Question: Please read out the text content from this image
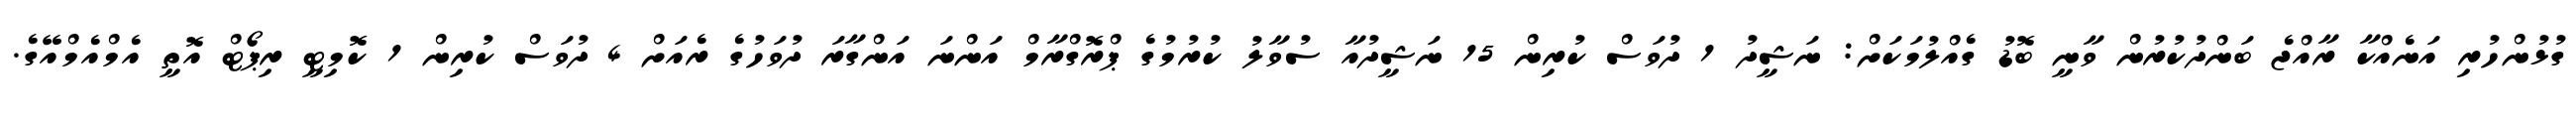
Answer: ގުޅުންހުރި އަނެއްކާ ރާއްޖެ ބަންދުކުރުން ވާނީ ބޮޑު ގެއްލުމަކަށް: ނަޝީދު 1 ދުވަސް ކުރިން 15 ނަޝީދުއާ ސުވާލު ކުރުމުގެ ޕްރޮގްރާމް އަންނަ އަންގާރަ ދުވަހުގެ ރެއަށް 4 ދުވަސް ކުރިން 1 ކޮމިޓީ ރިޕޯޓް އޮތީ އެމްއެމްއޭގެ.